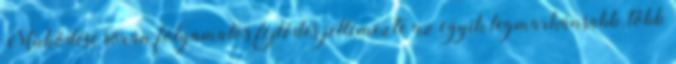
Mûködése során folyamatos fejlôdés jellemezte az egyik legmarkánsabb, több